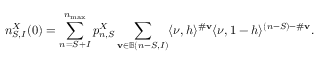
n _ { S , I } ^ { X } ( 0 ) = \sum _ { n = S + I } ^ { n _ { \operatorname* { m a x } } } p _ { n , S } ^ { X } \sum _ { \mathbf { v } \in \mathbb { B } ( n - S , I ) } \langle \nu , h \rangle ^ { \# \mathbf { v } } \langle \nu , 1 - h \rangle ^ { ( n - S ) - \# \mathbf { v } } .